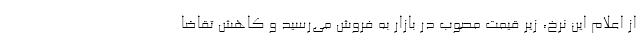
از اعلام این نرخ، زیر قیمت مصوب در بازار به فروش می‌رسید و کاهش تقاضا